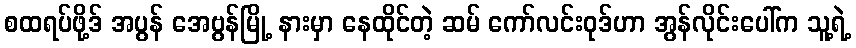
စထရပ်ဖို့ဒ် အပွန် အေဗွန်မြို့ နားမှာ နေထိုင်တဲ့ ဆမ် ကော်လင်းဝုဒ်ဟာ အွန်လိုင်းပေါ်က သူ့ရဲ့